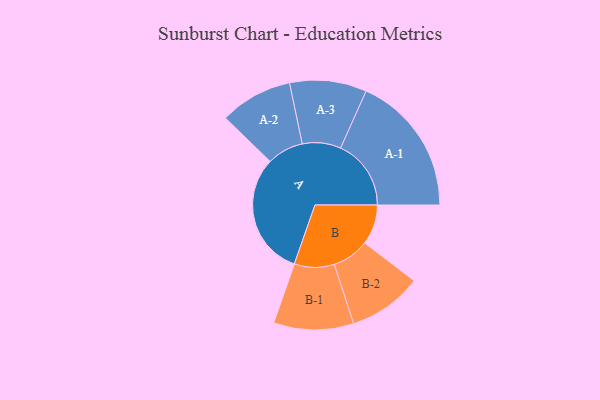
{"axis": {"x": "Segment", "y": "Value"}, "legend": ["", "A", "B"], "data": [{"x": "A", "y": 415, "type": ""}, {"x": "B", "y": 135, "type": ""}, {"x": "A-1", "y": 238, "type": "A"}, {"x": "A-2", "y": 123, "type": "A"}, {"x": "A-3", "y": 130, "type": "A"}, {"x": "B-1", "y": 135, "type": "B"}, {"x": "B-2", "y": 125, "type": "B"}]}